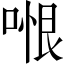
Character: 𭉆